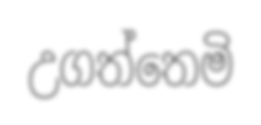
උගත්තෙමි